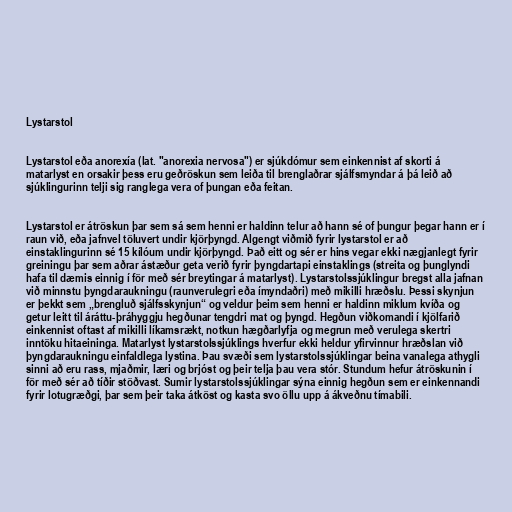
Lystarstol

Lystarstol eða anorexía (lat. "anorexia nervosa") er sjúkdómur sem einkennist af skorti á
matarlyst en orsakir þess eru geðröskun sem leiða til brenglaðrar sjálfsmyndar á þá leið að
sjúklingurinn telji sig ranglega vera of þungan eða feitan.

Lystarstol er átröskun þar sem sá sem henni er haldinn telur að hann sé of þungur þegar hann er í
raun við, eða jafnvel töluvert undir kjörþyngd. Algengt viðmið fyrir lystarstol er að
einstaklingurinn sé 15 kílóum undir kjörþyngd. Það eitt og sér er hins vegar ekki nægjanlegt fyrir
greiningu þar sem aðrar ástæður geta verið fyrir þyngdartapi einstaklings (streita og þunglyndi
hafa til dæmis einnig í för með sér breytingar á matarlyst). Lystarstolssjúklingur bregst alla jafnan
við minnstu þyngdaraukningu (raunverulegri eða ímyndaðri) með mikilli hræðslu. Þessi skynjun
er þekkt sem „brengluð sjálfsskynjun“ og veldur þeim sem henni er haldinn miklum kvíða og
getur leitt til áráttu-þráhyggju hegðunar tengdri mat og þyngd. Hegðun viðkomandi í kjölfarið
einkennist oftast af mikilli líkamsrækt, notkun hægðarlyfja og megrun með verulega skertri
inntöku hitaeininga. Matarlyst lystarstolssjúklings hverfur ekki heldur yfirvinnur hræðslan við
þyngdaraukningu einfaldlega lystina. Þau svæði sem lystarstolssjúklingar beina vanalega athygli
sinni að eru rass, mjaðmir, læri og brjóst og þeir telja þau vera stór. Stundum hefur átröskunin í
för með sér að tíðir stöðvast. Sumir lystarstolssjúklingar sýna einnig hegðun sem er einkennandi
fyrir lotugræðgi, þar sem þeir taka átköst og kasta svo öllu upp á ákveðnu tímabili.